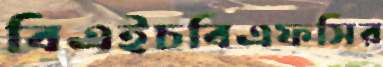
বিএইচবিএফসির